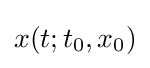
x(t;t_{0},x_{0})